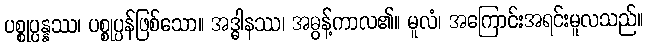
ပစ္စုပ္ပန္နဿ၊ ပစ္စုပ္ပန်ဖြစ်သော။ အဒ္ဓါနဿ၊ အဓွန့်ကာလ၏။ မူလံ၊ အကြောင်းအရင်းမူလသည်။